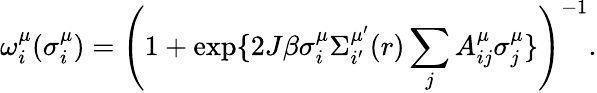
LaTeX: \omega_{i}^{\mu}(\sigma_{i}^{\mu})=\left(1+\exp\{ 2J\beta\sigma_{i}^{\mu}\Sigma_{i^{\prime}}^{\mu^{\prime}}(r)\sum_{j}A_{ij}^{\mu}\sigma_{j}^{\mu}\} \right)^{-1}.